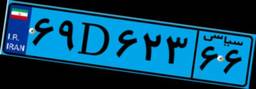
۸۵D۵۱۱۲۷